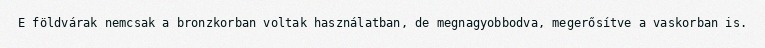
E földvárak nemcsak a bronzkorban voltak használatban, de megnagyobbodva, megerősítve a vaskorban is.